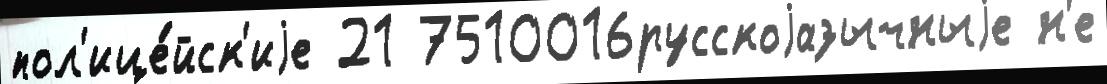
пол'ице́йск'иjе 21 7510016русскоjазычныjе н'е